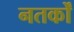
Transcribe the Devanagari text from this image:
नतर्कों